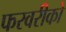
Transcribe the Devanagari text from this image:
फरवरीको